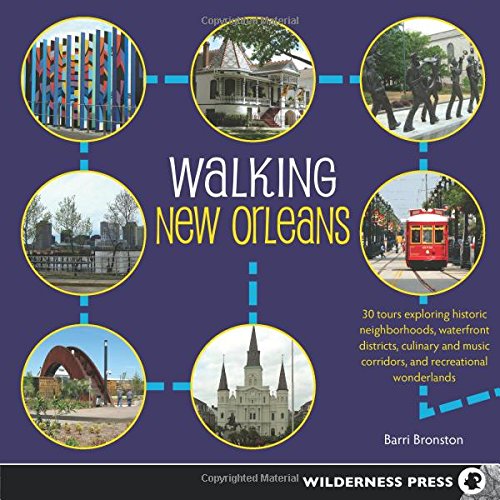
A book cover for Walking New Orleans: 30 Tours Exploring Historic Neighborhoods, Waterfront Districts, Culinary and Music Corridors, and Recreational Wonderlands; Barri Bronston; Health, Fitness & Dieting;